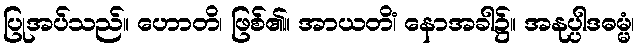
ပြုအပ်သည်။ ဟောတိ၊ ဖြစ်၏။ အာယတိံ၊ နောအခါ၌။ အနုပ္ပါဒဓမ္မံ၊